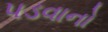
પડવાનો